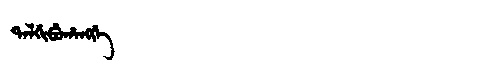
Manchu: ᡨᠠᠯᡤᡳᠪᡠᡥᠠᠩᡤᡝ
Romanization: TALGIBUHANGGE